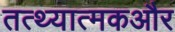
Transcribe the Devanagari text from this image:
तत्थ्यात्मकऔर